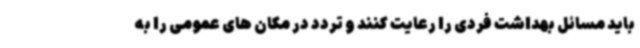
باید مسائل بهداشت فردی را رعایت کنند و تردد در مکان های عمومی را به